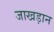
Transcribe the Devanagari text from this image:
जाखड़ान